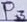
Text: P3